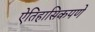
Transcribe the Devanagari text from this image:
ऐतिहासिकपणे